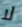
لا